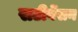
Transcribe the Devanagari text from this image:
सटीवेंसन